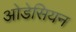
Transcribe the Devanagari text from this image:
ओडेसियन